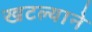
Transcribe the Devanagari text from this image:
खटल्याने